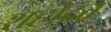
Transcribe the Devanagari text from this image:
शहीदत